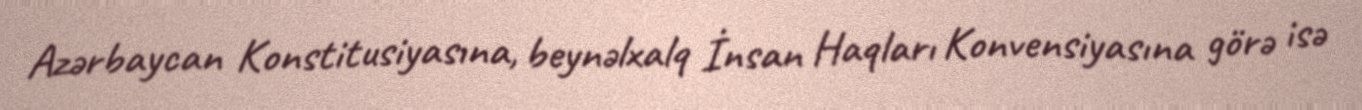
Azərbaycan Konstitusiyasına, beynəlxalq İnsan Haqları Konvensiyasına görə isə